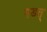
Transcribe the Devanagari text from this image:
गडत्